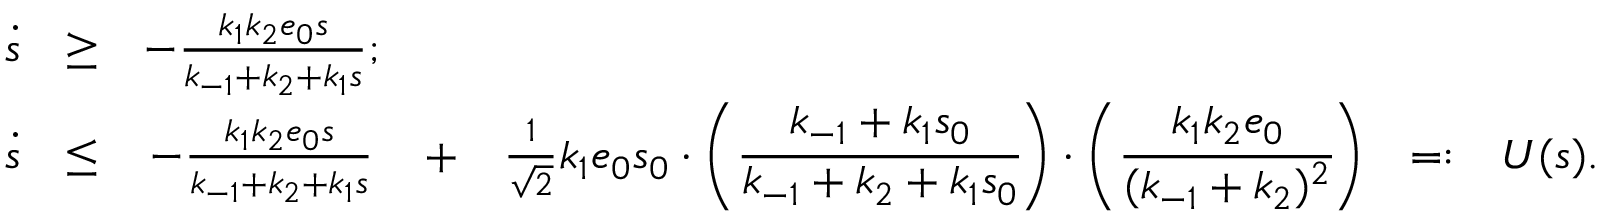
\begin{array} { r c c c c c l } { \dot { s } } & { \geq } & { - \frac { k _ { 1 } k _ { 2 } e _ { 0 } s } { k _ { - 1 } + k _ { 2 } + k _ { 1 } s } ; } & & & & \\ { \dot { s } } & { \leq } & { - \frac { k _ { 1 } k _ { 2 } e _ { 0 } s } { k _ { - 1 } + k _ { 2 } + k _ { 1 } s } } & { + } & { \frac { 1 } { \sqrt { 2 } } k _ { 1 } e _ { 0 } s _ { 0 } \cdot \bigg ( \cfrac { k _ { - 1 } + k _ { 1 } s _ { 0 } } { k _ { - 1 } + k _ { 2 } + k _ { 1 } s _ { 0 } } \bigg ) \cdot \bigg ( \cfrac { k _ { 1 } k _ { 2 } e _ { 0 } } { ( k _ { - 1 } + k _ { 2 } ) ^ { 2 } } \bigg ) } & { = : } & { U ( s ) . } \end{array}